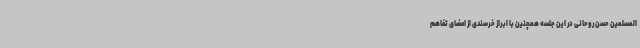
المسلمین حسن روحانی در این جلسه همچنین با ابراز خرسندی از امضای تفاهم